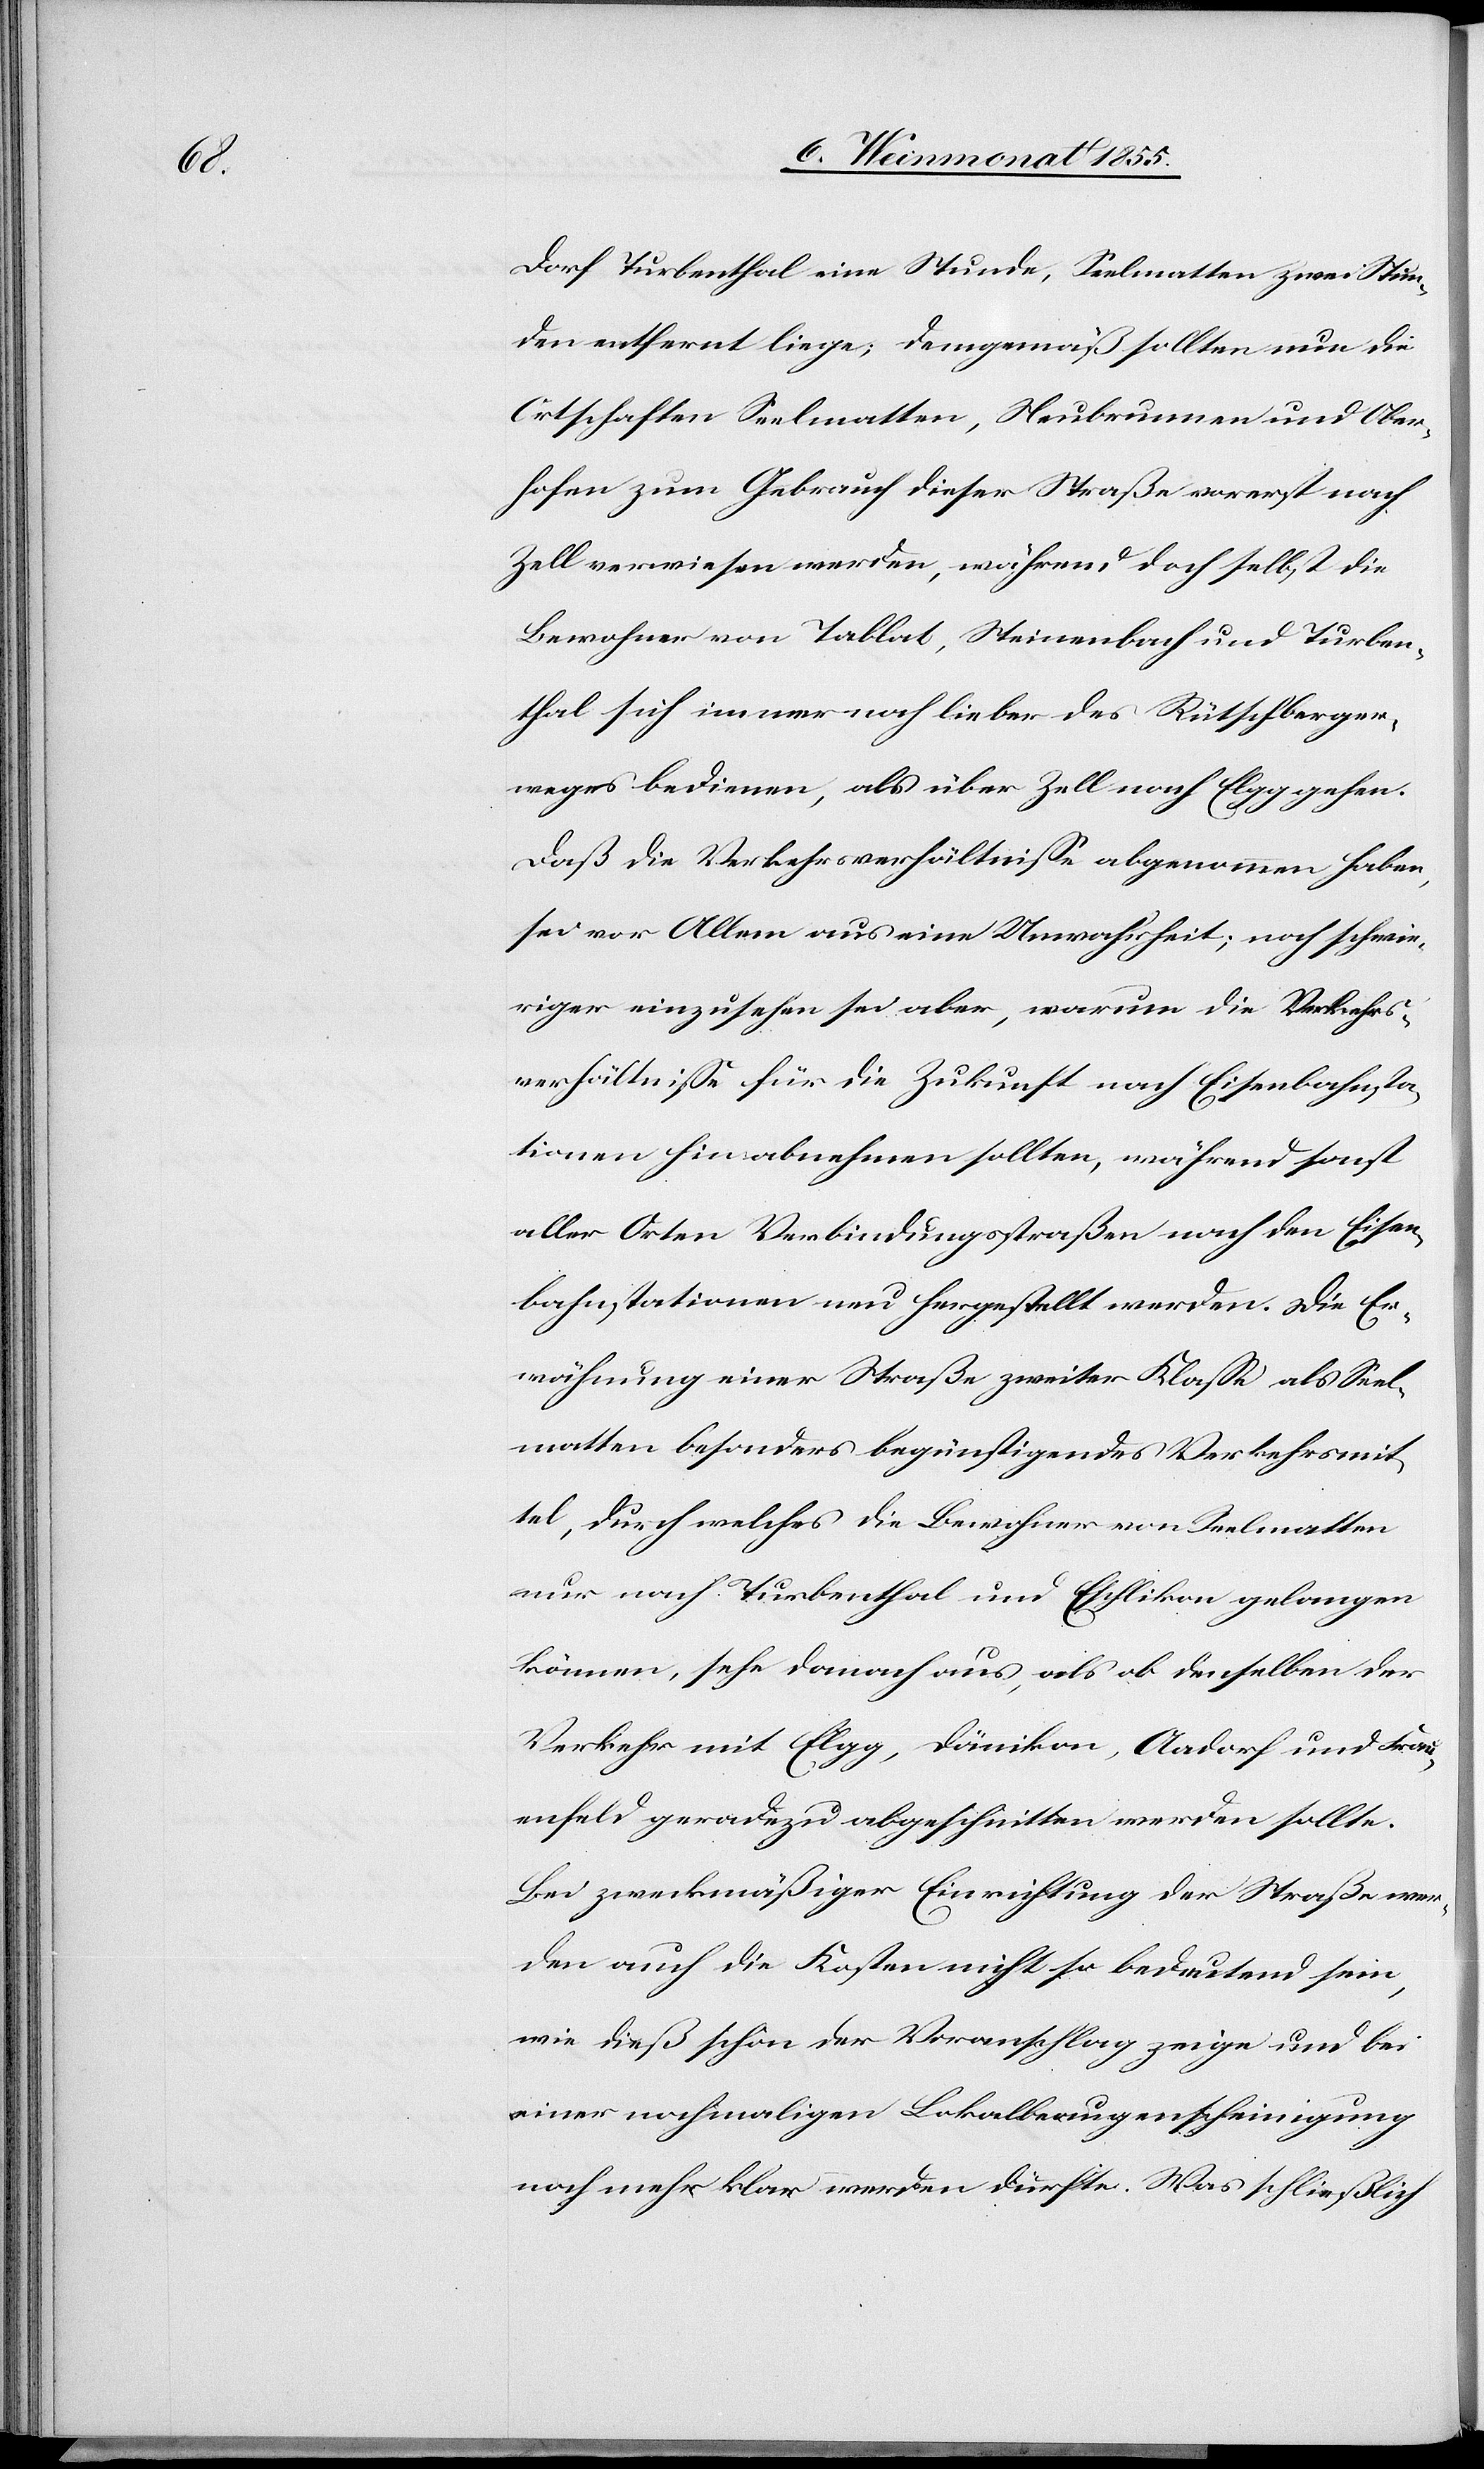
Dorf Turbenthal eine Stunde, Seelmatten zwei Stun¬
den entfernt liege; demgemäß sollten nun die
Ortschaften Seelmatten, Neubrunnen und Ober¬
hofen zum Gebrauch dieser Straße vorerst nach
Zell verwiesen werden, während doch selbst die
Bewohner von Tablat, Steinenbach und Turben¬
thal sich immer noch lieber des Rütschberger¬
weges bedienen, als über Zell nach Elgg gehen.
Daß die Verkehrsverhältnisse abgenommen haben,
sei vor Allem aus eine Unwahrheit; noch schwie¬
riger einzusehen sei aber, warum die Verkehrs¬
verhältnisse für die Zukunft nach Eisenbahnsta¬
tionen hin abnehmen sollten, während sonst
aller Orten Verbindungsstraßen nach den Eisen¬
bahnstationen neu hergestellt werden. Die Er¬
wähnung einer Straße zweiter Klasse als Seel¬
matten besonders begünstigendes Verkehrsmit¬
tel, durch welches die Bewohner von Seelmatten
nur nach Turbenthal und Eschlikon gelangen
können, sehe danach aus, als ob denselben der
Verkehr mit Elgg, Dänikon, Aadorf und Frau¬
enfeld geradezu abgeschnitten werden sollte.
Bei zweckmäßiger Einrichtung der Straße wer¬
den auch die Kosten nicht so bedeutend sein,
wie dieß schon der Voranschlag zeige und bei
einer nochmaligen Lokalbeaugenscheinigung
noch mehr klar werden dürfte. Was schließlich